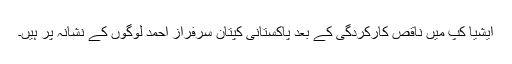
ایشیا کپ میں ناقص کارکردگی کے بعد پاکستانی کپتان سرفراز احمد لوگوں کے نشانہ پر ہیں۔